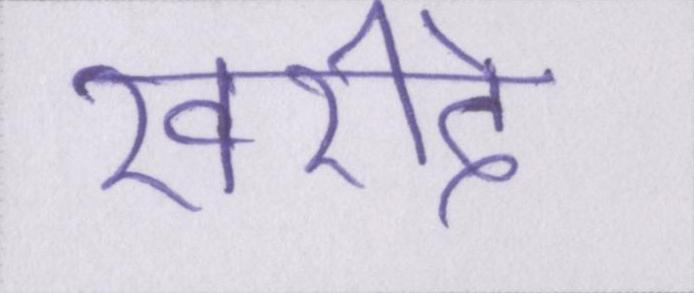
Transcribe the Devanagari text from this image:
खरीदे